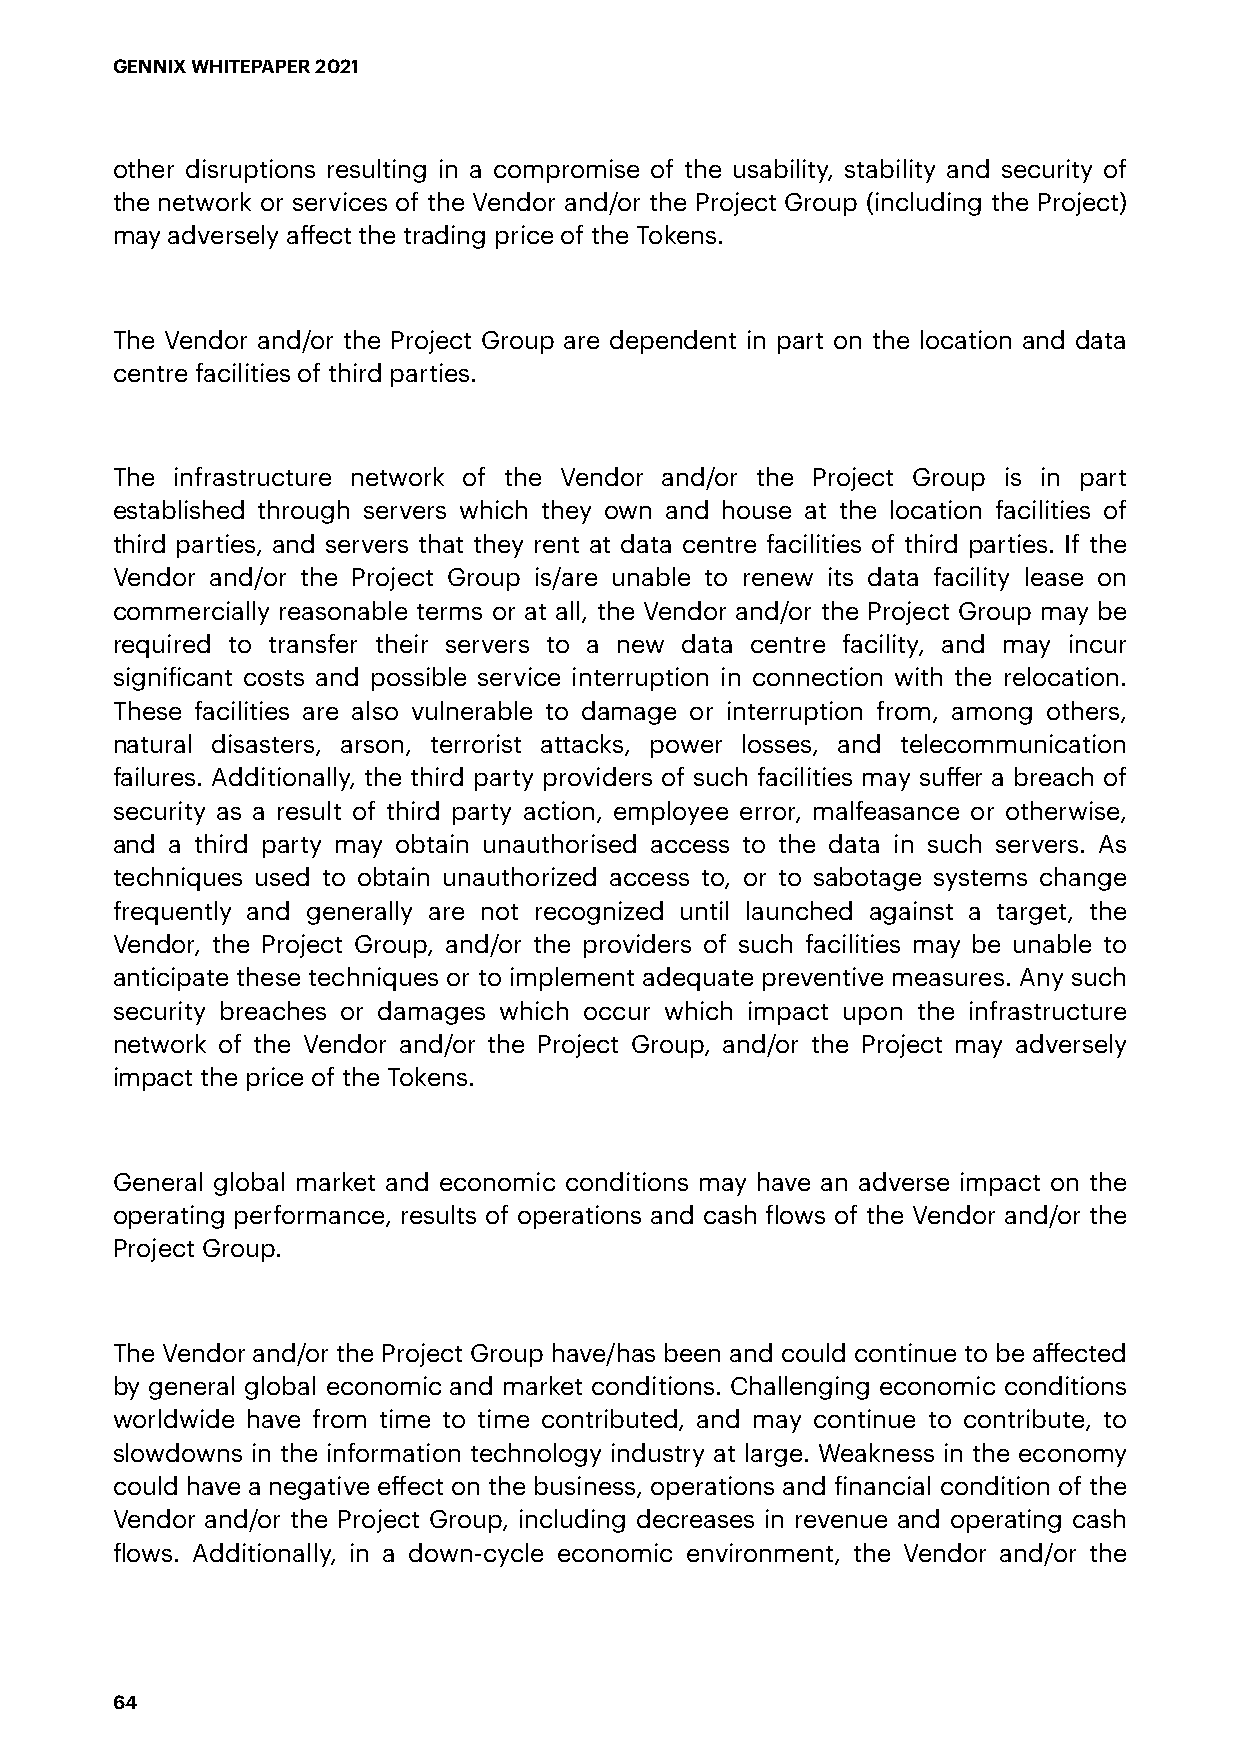
GENNIX WHITEPAPER 2021
 other disruptions resulting in a compromise of the usability, stability and security of
 the network or services of the Vendor and/or the Project Group (including the Project)
 may adversely affect the trading price of the Tokens.
 The Vendor and/or the Project Group are dependent in part on the location and data
 centre facilities of third parties.
 The infrastructure network of the Vendor and/or the Project Group is in part
 established through servers which they own and house at the location facilities of
 third parties, and servers that they rent at data centre facilities of third parties. If the
 Vendor and/or the Project Group is/are unable to renew its data facility lease on
 commercially reasonable terms or at all, the Vendor and/or the Project Group may be
 required to transfer their servers to a new data centre facility, and may incur
 significant costs and possible service interruption in connection with the relocation.
 These facilities are also vulnerable to damage or interruption from, among others,
 natural disasters, arson, terrorist attacks, power losses, and telecommunication
 failures. Additionally, the third party providers of such facilities may suffer a breach of
 security as a result of third party action, employee error, malfeasance or otherwise,
 and a third party may obtain unauthorised access to the data in such servers. As
 techniques used to obtain unauthorized access to, or to sabotage systems change
 frequently and generally are not recognized until launched against a target, the
 Vendor, the Project Group, and/or the providers of such facilities may be unable to
 anticipate these techniques or to implement adequate preventive measures. Any such
 security breaches or damages which occur which impact upon the infrastructure
 network of the Vendor and/or the Project Group, and/or the Project may adversely
 impact the price of the Tokens.
 General global market and economic conditions may have an adverse impact on the
 operating performance, results of operations and cash flows of the Vendor and/or the
 Project Group.
 The Vendor and/or the Project Group have/has been and could continue to be affected
 by general global economic and market conditions. Challenging economic conditions
 worldwide have from time to time contributed, and may continue to contribute, to
 slowdowns in the information technology industry at large. Weakness in the economy
 could have a negative effect on the business, operations and financial condition of the
 Vendor and/or the Project Group, including decreases in revenue and operating cash
 flows. Additionally, in a down-cycle economic environment, the Vendor and/or the
 64